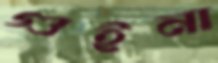
গুইনা